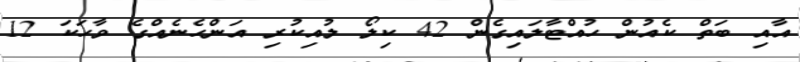
އާއި ބަތް ކެއުން ހުއްޓާލައިގެން 42 ކިލޯ ލުއިކުރި އަންހެނެއްގެ ވާހަކަ 12